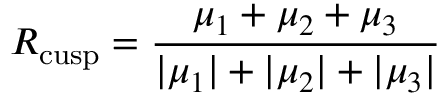
R _ { \mathrm { c u s p } } = \frac { \mu _ { 1 } + \mu _ { 2 } + \mu _ { 3 } } { | \mu _ { 1 } | + | \mu _ { 2 } | + | \mu _ { 3 } | }